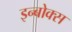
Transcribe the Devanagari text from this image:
इन्बोक्स